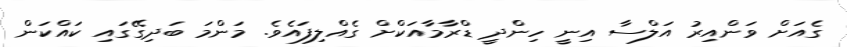
ގެއަށް ވަންއިރު އަލްސާ އިނީ ހިންދީ ޑްރާމާއަކްށް ގެއްލިފައެވެ. މަންމަ ބަދިގޭގައި ކައްކަން